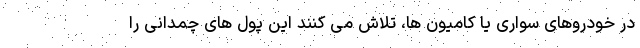
در خودروهای سواری یا کامیون ها، تلاش می کنند این پول های چمدانی را